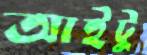
আইটু